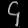
Digit: ၄